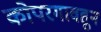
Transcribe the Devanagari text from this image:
कोपरगावहून